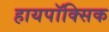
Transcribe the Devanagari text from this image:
हायपॉक्सिक